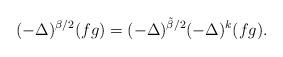
LaTeX: \begin{align*} (-\Delta)^{\beta/2} (fg) = (-\Delta)^{\tilde{\beta}/2}(-\Delta)^k (fg).\end{align*}